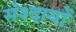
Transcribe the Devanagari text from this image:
संश्दायों